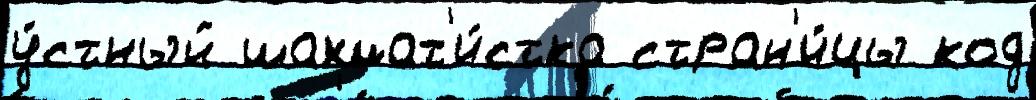
у́стный шахмат'и́стка стран'и́цы код